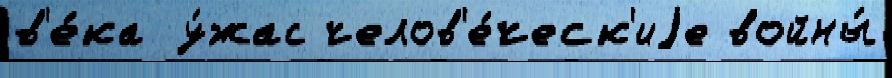
в'е́ка у́жас челов'е́ческ'иjе войны́